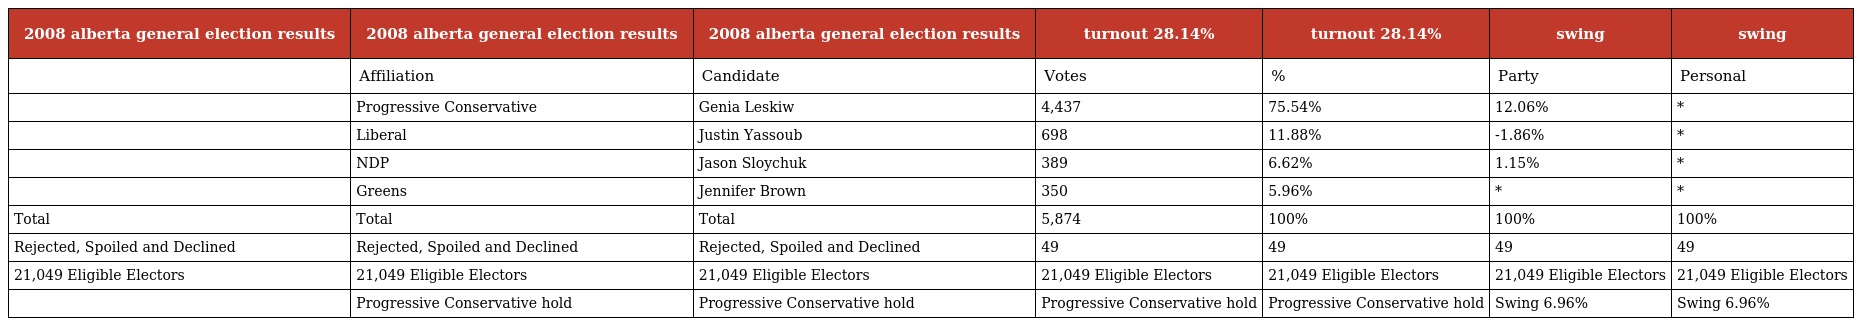
| 2008 alberta general election results | 2008 alberta general election results | 2008 alberta general election results | turnout 28.14% | turnout 28.14% | swing | swing |
 | --- | --- | --- | --- | --- | --- | --- |
 |  | Affiliation | Candidate | Votes | % | Party | Personal |
 |  | Progressive Conservative | Genia Leskiw | 4,437 | 75.54% | 12.06% | * |
 |  | Liberal | Justin Yassoub | 698 | 11.88% | -1.86% | * |
 |  | NDP | Jason Sloychuk | 389 | 6.62% | 1.15% | * |
 |  | Greens | Jennifer Brown | 350 | 5.96% | * | * |
 | Total | Total | Total | 5,874 | 100% | 100% | 100% |
 | Rejected, Spoiled and Declined | Rejected, Spoiled and Declined | Rejected, Spoiled and Declined | 49 | 49 | 49 | 49 |
 | 21,049 Eligible Electors | 21,049 Eligible Electors | 21,049 Eligible Electors | 21,049 Eligible Electors | 21,049 Eligible Electors | 21,049 Eligible Electors | 21,049 Eligible Electors |
 |  | Progressive Conservative hold | Progressive Conservative hold | Progressive Conservative hold | Progressive Conservative hold | Swing 6.96% | Swing 6.96% |